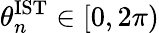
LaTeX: \theta_{n}^{\mathrm{IST}}\in[0,2\pi)